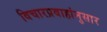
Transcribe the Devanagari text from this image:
विचारप्रवाहांनुसार